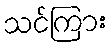
သင်ကြား